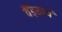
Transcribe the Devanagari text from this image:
वैंड्स्वर्थ